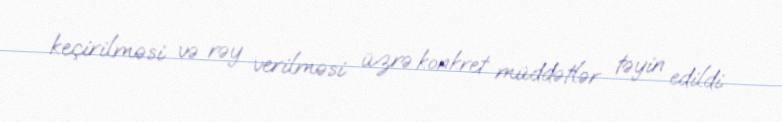
keçirilməsi və rəy verilməsi üzrə konkret müddətlər təyin edildi.